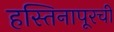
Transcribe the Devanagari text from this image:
हस्तिनापूरची